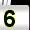
Digit: 5